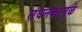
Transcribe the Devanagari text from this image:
संघनकामुळे